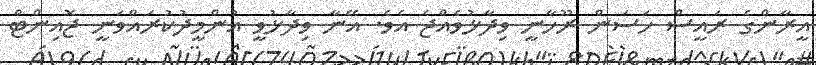
އީރާންގެ ރައީސް ހަސަން ރޫހާނީ ވިދާޅުވެއްޖެ އެވެ. އޭނާ ވިދާޅުވީ އުންމީދުކުރައްވަނީ ޖޮއިންޓް